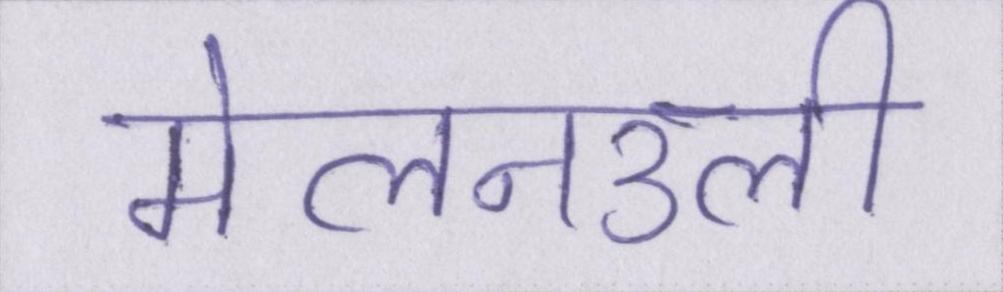
मेलनउली